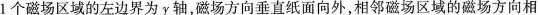
1个磁场区域的左边界为y轴，磁场方向垂直纸面向外，相邻磁场区域的磁场方向相